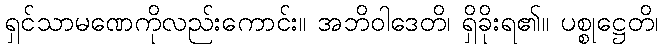
ရှင်သာမဏေကိုလည်းကောင်း။ အဘိဝါဒေတိ၊ ရှိခိုးရ၏။ ပစ္စုဋ္ဌေတိ၊